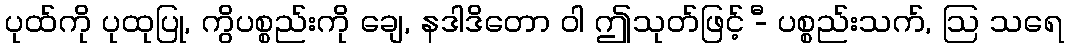
ပုထ်ကို ပုထုပြု, ကွိပစ္စည်းကို ချေ, နဒါဒိတော ဝါ ဤသုတ်ဖြင့် -ီ ပစ္စည်းသက်, ဩ သရေ